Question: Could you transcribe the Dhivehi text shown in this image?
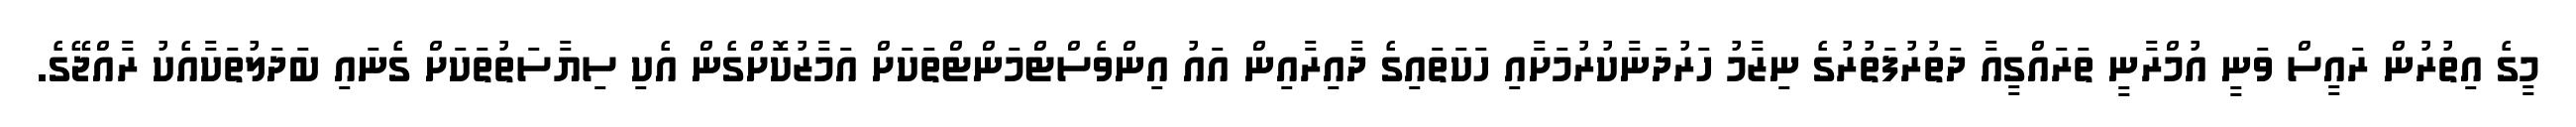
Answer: މީގެ އިތުރުން ރައީސް ވަނީ އުމްރާނީ ތަރައްގީއާ ދަތުރުފަތުރުގެ ނިޒާމު ހަރުދަނާކުރުމަށާއި ހަކަތައިގެ ދާއިރާއިން އައު އިންވެސްޓްމަންޓްތަކަށް އަމާޒުކޮށްގެން އެކި ސިޔާސަތުތަކަށް ގެނައި ބަދަލުތަކާއެކު ރާއްޖޭގެ.